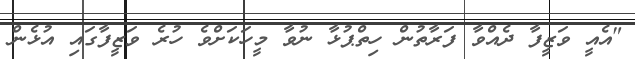
"އެއީ ވަޒީފާ ދެއްވާ ފަރާތުން ހިތްޕުޅާ ނުވާ މީހަކަށްވެ ހުރެ ވަޒީފާގައި އުޅެން